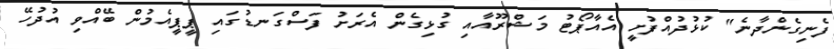
ފެނިގެންދާނެ" ކުޅުދުއްފުށީ އެއާޕޯޓު މަޝްރޫއާއި ގުޅިގެން އެރަށު ފަސްގަނޑުގައި ޕީޕީއެމުން ބޭއްވި އުދުހޭ